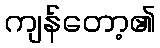
ကျန်တော့၏